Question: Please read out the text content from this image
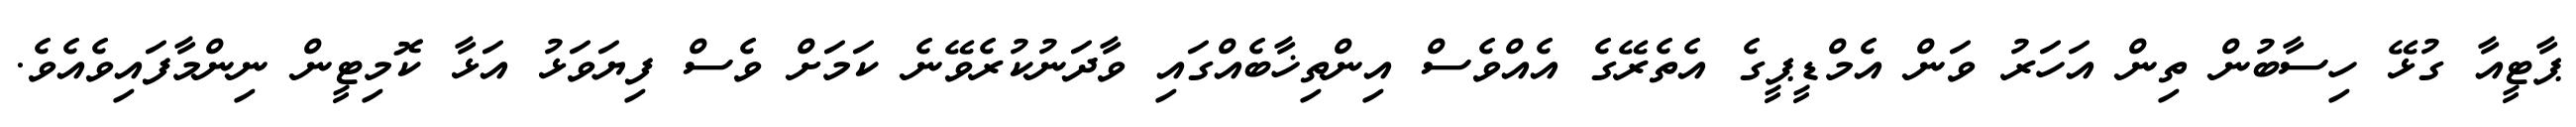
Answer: ޕާޓީއާ ގުޅޭ ހިސާބުން ތިން އަހަރު ވަން އެމްޑީޕީގެ އެތެރޭގެ އެއްވެސް އިންތިޚާބެއްގައި ވާދަނުކުރެވޭނެ ކަމަށް ވެސް ފިޔަވަޅު އަޅާ ކޮމިޓީން ނިންމާފައިވެއެވެ.